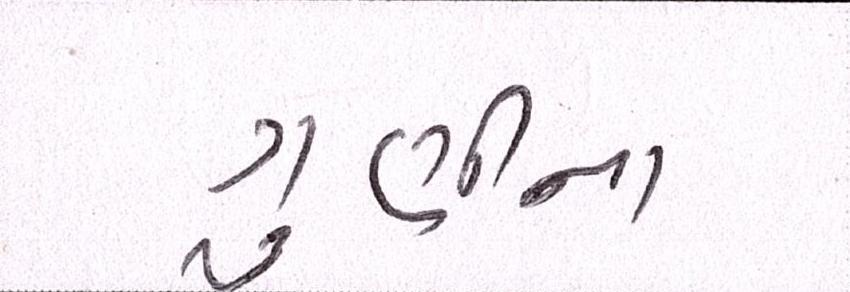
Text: ગુણીના